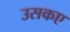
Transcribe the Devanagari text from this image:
उसकए